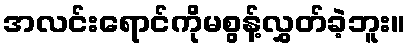
အလင်းရောင်ကိုမစွန့်လွှတ်ခဲ့ဘူး။